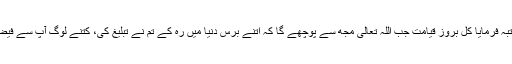
ایک اور مرتبہ فرمایا کل بروز قیامت جب اللہ تعالیٰ مجھ سے پوچھے گا کہ اتنے برس دنیا میں رہ کے تم نے تبلیغ کی، کتنے لوگ آپ سے فیضیاب ہوئے؟